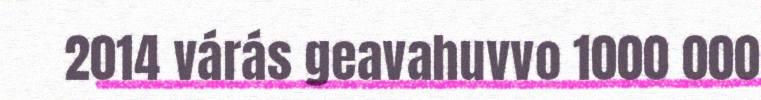
2014 várás geavahuvvo 1000 000